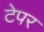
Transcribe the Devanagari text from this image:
टेपर